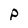
Character: p